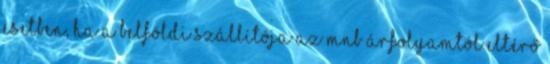
esetben, ha a belföldi szállítója az MNB árfolyamtól eltérő